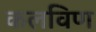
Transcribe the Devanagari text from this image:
कलविण